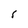
Character: S